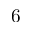
6